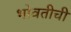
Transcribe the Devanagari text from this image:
भोवतीची